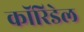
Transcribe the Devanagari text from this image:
कॉरिडेल